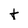
Character: t